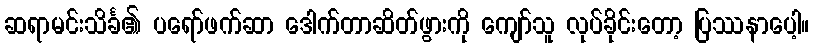
ဆရာမင်းသိင်္ခ၏ ပရော်ဖက်ဆာ ဒေါက်တာဆိတ်ဖွားကို ကျော်သူ လုပ်ခိုင်းတော့ ပြဿနာပေါ့။